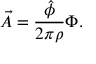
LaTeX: \vec { A } = \frac { \hat { \phi } } { 2 \pi \rho } \Phi .